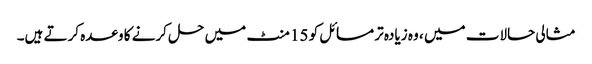
مثالی حالات میں ، وہ زیادہ تر مسائل کو 15 منٹ میں حل کرنے کا وعدہ کرتے ہیں۔